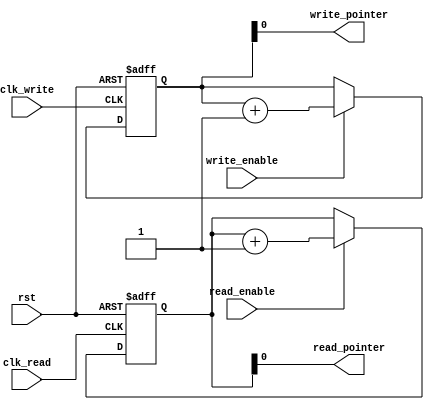
module fifo_timing_sync (
    input wire clk_read,
    input wire clk_write,
    input wire rst,
    input wire read_enable,
    input wire write_enable,
    output wire read_pointer,
    output wire write_pointer
);
    
// Timing control block
reg [7:0] read_pointer_reg;
reg [7:0] write_pointer_reg;

always @(posedge clk_read or posedge rst)
begin
    if (rst)
        read_pointer_reg <= 8'b0;
    else if (read_enable)
        read_pointer_reg <= read_pointer_reg + 1;
end

always @(posedge clk_write or posedge rst)
begin
    if (rst)
        write_pointer_reg <= 8'b0;
    else if (write_enable)
        write_pointer_reg <= write_pointer_reg + 1;
end

assign read_pointer = read_pointer_reg;
assign write_pointer = write_pointer_reg;

// Synchronization block
reg [7:0] read_data_reg;
reg [7:0] write_data_reg;

always @(posedge clk_read or posedge rst)
begin
    if (rst)
        read_data_reg <= 8'b0;
    else if (read_enable)
        read_data_reg <= read_data_reg;
end

always @(posedge clk_write or posedge rst)
begin
    if (rst)
        write_data_reg <= 8'b0;
    else if (write_enable)
        write_data_reg <= write_data_reg;
end

endmodule